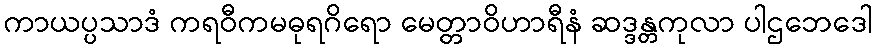
ကာယပ္ပသာဒံ ကရဝီကမဓုရဂိရော မေတ္တာဝိဟာရီနံ ဆဒ္ဒန္တကုလာ ပါဌဘေဒေါ